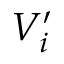
V _ { i } ^ { \prime }